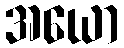
အယော